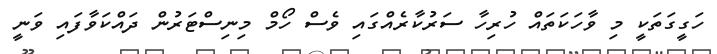
ހަގީގަތަކީ މި ވާހަކަތައް ހުރިހާ ސަރުކާރެއްގައި ވެސް ހޯމް މިނިސްޓަރުން ދައްކަވާފައި ވަނީ